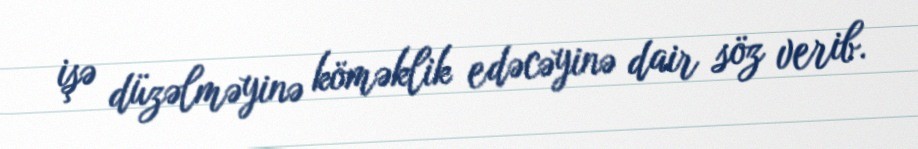
işə düzəlməyinə köməklik edəcəyinə dair söz verib.